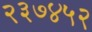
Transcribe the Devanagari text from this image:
२३७४५२